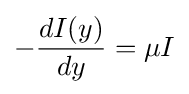
-{\frac {dI(y)}{dy}}=\mu I